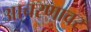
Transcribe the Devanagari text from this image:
आचरणावर